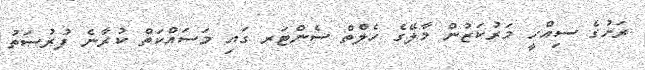
ރަށުގެ ސިއްހީ މަރުކަޒުން މާލޭގެ ހެލްތް ސެންޓަރ ގައި މަސައްކަތް ކުރާނެ ފުރުސަތު